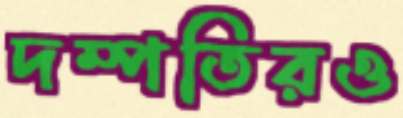
দম্পতিরও